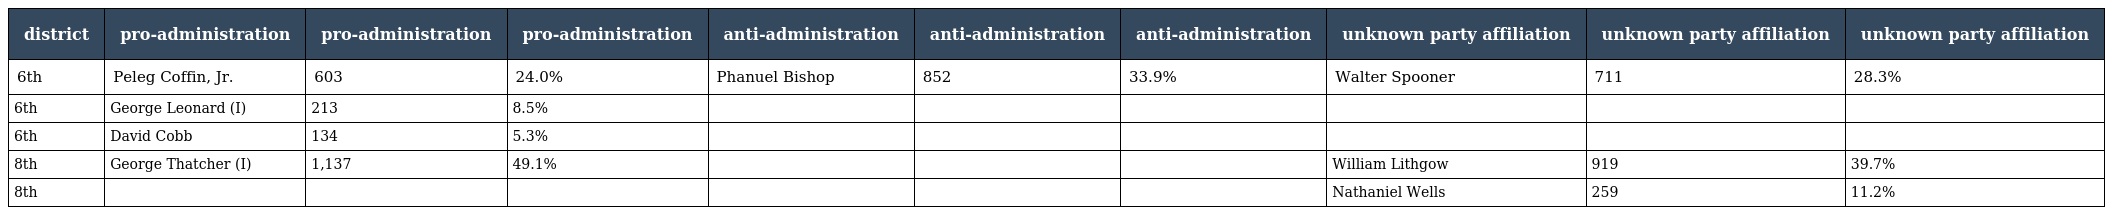
| district | pro-administration | pro-administration | pro-administration | anti-administration | anti-administration | anti-administration | unknown party affiliation | unknown party affiliation | unknown party affiliation |
 | --- | --- | --- | --- | --- | --- | --- | --- | --- | --- |
 | 6th | Peleg Coffin, Jr. | 603 | 24.0% | Phanuel Bishop | 852 | 33.9% | Walter Spooner | 711 | 28.3% |
 | 6th | George Leonard (I) | 213 | 8.5% |  |  |  |  |  |  |
 | 6th | David Cobb | 134 | 5.3% |  |  |  |  |  |  |
 | 8th | George Thatcher (I) | 1,137 | 49.1% |  |  |  | William Lithgow | 919 | 39.7% |
 | 8th |  |  |  |  |  |  | Nathaniel Wells | 259 | 11.2% |